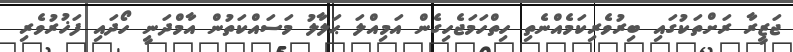
ޖަޒީރާ ރަށްތަކުގައި ބިރުވެރިކަމެއްނެތި ހިތްހަމަޖެހިގެން އަމިއްލަ ޙަލާލު މަސައްކަތުން އާމްދަނީ ހޯދައި ފަޚުރުވެރި